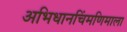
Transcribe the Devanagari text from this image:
अभिधानचिंमणिमाला